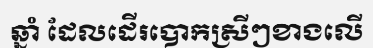
ឆ្នាំ ដែលដើរបោកស្រីៗខាងលើ